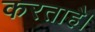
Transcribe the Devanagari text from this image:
करताहै।